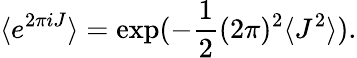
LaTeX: \langle e^{2\pi iJ}\rangle=\exp(-\frac{1}{2}(2\pi)^{2}\langle J^{2}\rangle).